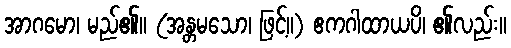
အာဂမော၊ မည်၏။ (အန္တမသော၊ ဖြင့်။) ဧကဂါထာယပိ၊ ၏လည်း။